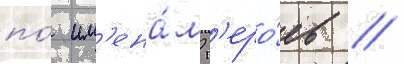
по́ им'ена́м г'еро́ев /